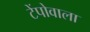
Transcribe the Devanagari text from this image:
टेंपोवाला